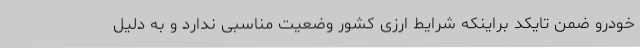
خودرو ضمن تایکد براینکه شرایط ارزی کشور وضعیت مناسبی ندارد و به دلیل